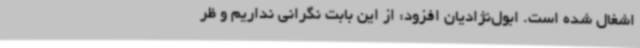
اشغال شده است. ابول‌نژادیان افزود: از این بابت نگرانی نداریم و ظر